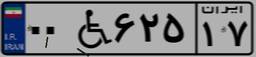
۹۱W۶۵۵۶۰